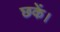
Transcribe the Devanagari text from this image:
छकें।